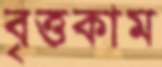
বৃত্তকাম